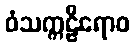
ဝံသက္ကဠီရောဝ